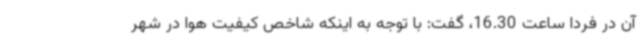
آن در فردا ساعت 16.30، گفت: با توجه به اینکه شاخص کیفیت هوا در شهر